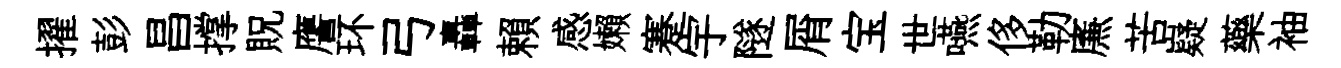
擢彭昌撑貺譍环弓轟賴感嬾蹇宇隧屑宝世嚥侈勒㢘苦嶷藥袖